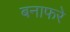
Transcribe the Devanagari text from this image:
बनाफरे